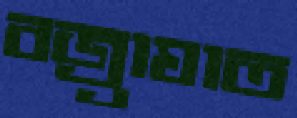
বজ্র্রাঘাত